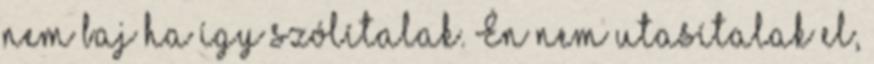
nem baj ha így szólítalak. Én nem utasítalak el,